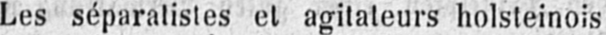
Les séparatistes et agitateurs holsteinois